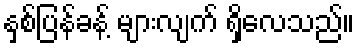
နှစ်ပြန်ခန့် များလျက် ရှိလေသည်။